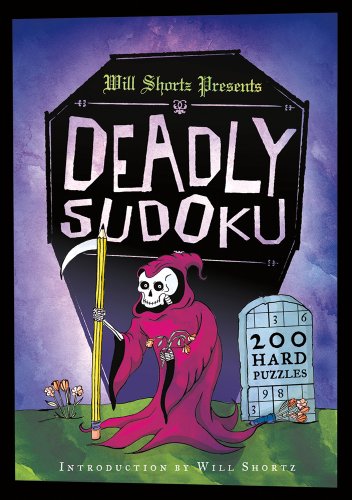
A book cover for Will Shortz Presents Deadly Sudoku: 200 Hard Puzzles; Humor & Entertainment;